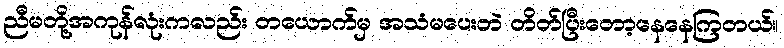
ညီမတို့အကုန်လုံးကလည်း တယောက်မှ အသံမပေးဘဲ တိတ်ပြီးတော့နေနေကြတယ်။